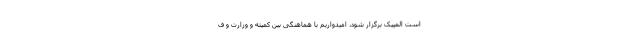
است المپیک برگزار شود، امیدواریم با هماهنگی بین کمیته و وزارت و ف